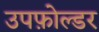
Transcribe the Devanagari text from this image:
उपफ़ोल्डर